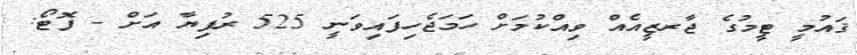
ޤައުމީ ޓީމުގެ ޖާރޒީއެއް ވިއްކުމަށް ހަމަޖެހިފައިވަނީ 525 ރުފިޔާ އަށް - ފޮޓޯ: